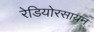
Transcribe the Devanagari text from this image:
रेडियोरसायन